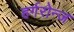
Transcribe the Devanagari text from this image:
हर्गरोन्ज